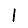
Digit: 1